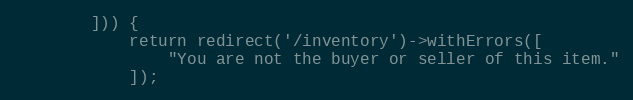
Language: PHP
        ])) {
            return redirect('/inventory')->withErrors([
                "You are not the buyer or seller of this item."
            ]);